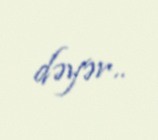
dəyər..